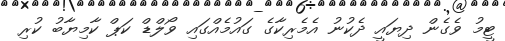
ޓީމު ވެގެން ދިޔައީ ދެކުނު އެމެރިކާގެ ގައުމެއްގައި ވޯލްޑް ކަޕް ކާމިޔާބު ކުރި